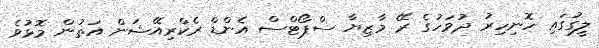
ލީގުގައި ހޮނިހިރު ދުވަހުގެ ރޭ މާޒިޔާ ސްޕޯޓްސް އެންޑް ރެކްރިއޭޝަން އަތުން މޮޅުވެ